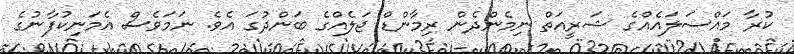
ކުރާ މައްސަލައެއްގެ ޝަރީއަތް ނިމެންދެން ރިމާންޑް ޖަލެއްގެ ބަންދުގަ އެވެ. ނަމަވެސް އެމަނިކުފާނުގެ